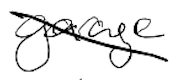
Text: garage
Cross-out: diagonal
Writing tool: digital_black